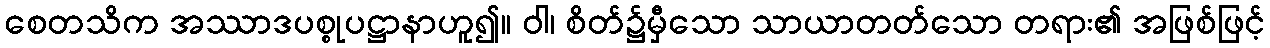
စေတသိက အဿာဒပစ္စုပဋ္ဌာနာဟူ၍။ ဝါ၊ စိတ်၌မှီသော သာယာတတ်သော တရား၏ အဖြစ်ဖြင့်